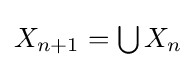
{\textstyle X_{n+1}=\bigcup X_{n}}